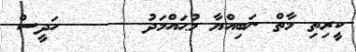
ކީރިތި މާތް ނަބިއްޔާ މުޙައްމަދު      ހަދީސް